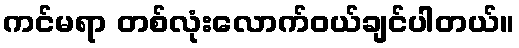
ကင်မရာ တစ်လုံးလောက်ဝယ်ချင်ပါတယ်။